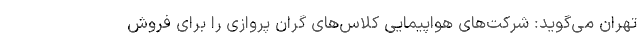
تهران می‌گوید: شرکت‌های هواپیمایی کلاس‌های گران پروازی را برای فروش